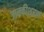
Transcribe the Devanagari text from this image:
जानकीशरण